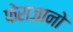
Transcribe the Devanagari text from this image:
फेराज़ानो